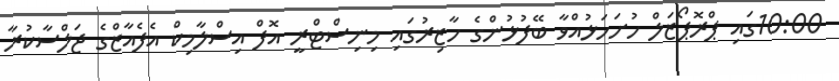
10:00ގައި ޕްރޮޕޯޒަލް ހުށަހަޅުއްވާ ބޭފުޅުންގެ ހާޒިރުގައި މިނިސްޓްރީ އޮފް އިސްލާމިކް އެފެއާޒްގެ ޖަލްސާކުރާ